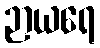
ဉာယရေ